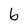
Character: b